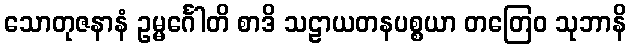
သောတုဇနာနံ ဥမ္မင်္ဂေါတိ စာဒိ သဠာယတနပစ္စယာ တတြေဝ သုဘာနိ